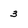
Character: 3